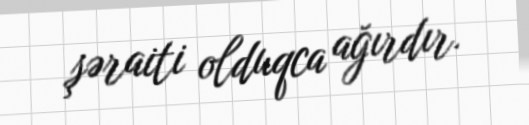
şəraiti olduqca ağırdır.